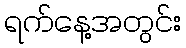
ရက်နေ့အတွင်း